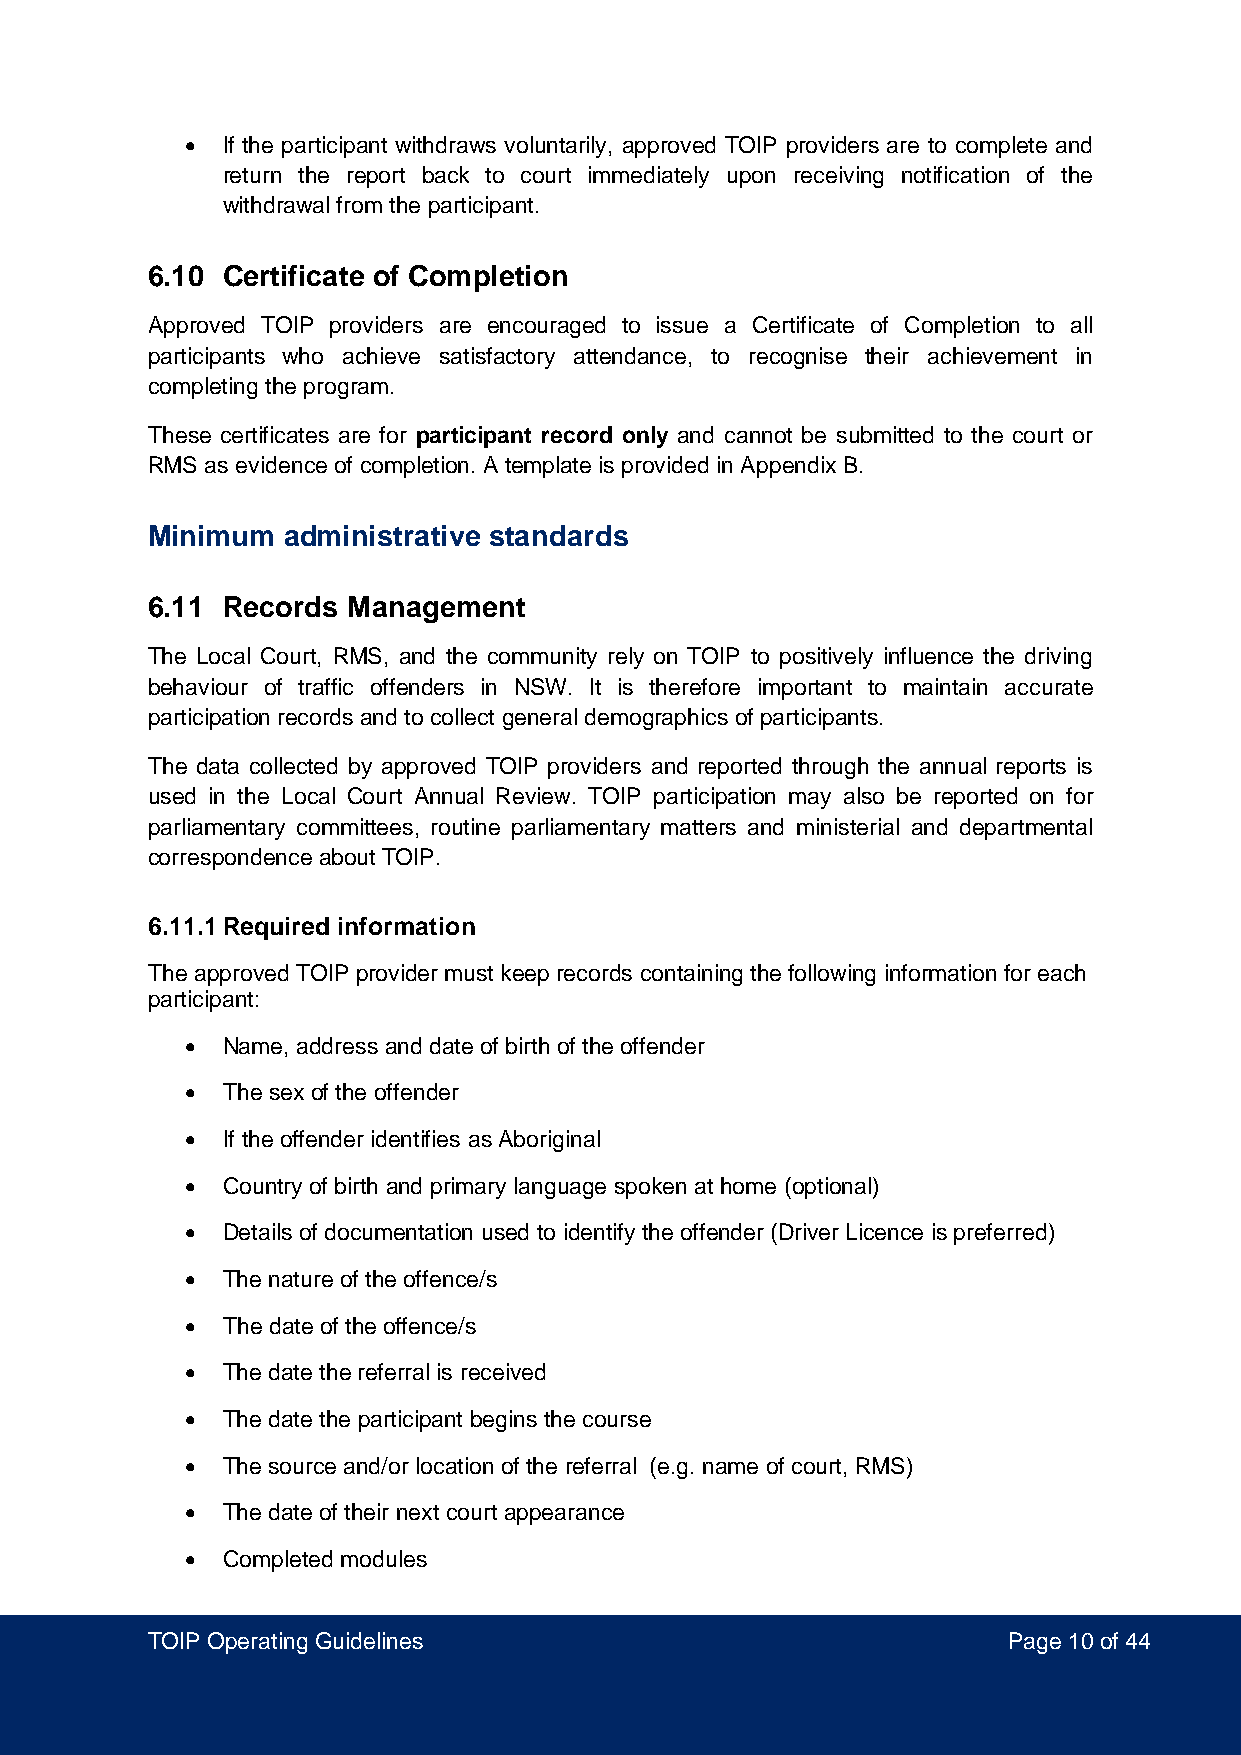
•  If the participant withdraws voluntarily, approved TOIP providers are to complete and
 return the report back to court immediately upon receiving notification of the
 withdrawal from the participant.
 6.10 Certificate of Completion
 Approved TOIP providers are encouraged to issue a Certificate of Completion to all
 participants who achieve satisfactory attendance, to recognise their achievement in
 completing the program.
 These certificates are for participant record only and cannot be submitted to the court or
 RMS as evidence of completion. A template is provided in Appendix B.
 Minimum  administrative standards
 6.11 Records Management
 The Local Court, RMS, and the community rely on TOIP to positively influence the driving
 behaviour of traffic offenders in NSW. It is therefore important to maintain accurate
 participation records and to collect general demographics of participants.
 The data collected by approved TOIP providers and reported through the annual reports is
 used in the Local Court Annual Review. TOIP participation may also be reported on for
 parliamentary committees, routine parliamentary matters and ministerial and departmental
 correspondence about TOIP.
 6.11.1 Required information
 The approved TOIP provider must keep records containing the following information for each
 participant:
 •  Name, address and date of birth of the offender
 •  The sex of the offender
 •  If the offender identifies as Aboriginal
 •  Country of birth and primary language spoken at home (optional)
 •  Details of documentation used to identify the offender (Driver Licence is preferred)
 •  The nature of the offence/s
 •  The date of the offence/s
 •  The date the referral is received
 •  The date the participant begins the course
 •  The source and/or location of the referral (e.g. name of court, RMS)
 •  The date of their next court appearance
 •  Completed modules
 TOIP Operating Guidelines                                Page 10 of 44